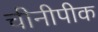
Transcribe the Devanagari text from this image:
चीनीपीक